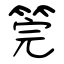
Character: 筦